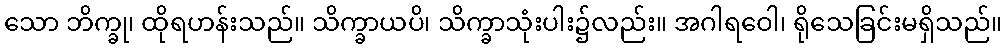
သော ဘိက္ခု၊ ထိုရဟန်းသည်။ သိက္ခာယပိ၊ သိက္ခာသုံးပါး၌လည်း။ အဂါရဝေါ၊ ရိုသေခြင်းမရှိသည်။